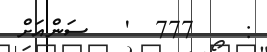
:    777  '   ސަންއަށް